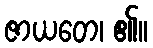
ဇာယတေ၊ ၏။